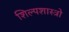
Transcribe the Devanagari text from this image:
शिल्पशास्त्रो